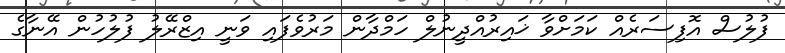
ފުލުސް އޮފިސަރެއް ކަމަށްވާ ޚައިރުއްދީނުލް ހަމްދާން މަރުވެފައި ވަނީ އިޒްރޭލު ފުލުހުން އޭނާގެ